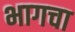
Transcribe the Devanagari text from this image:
भागचा